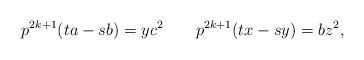
LaTeX: \begin{align*}p^{2k+1}(ta-sb) = yc^2~~~~~~p^{2k+1} (tx-sy)= bz^2,\end{align*}